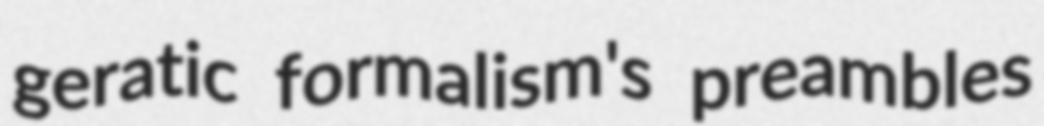
geratic formalism's preambles